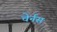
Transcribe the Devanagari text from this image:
चेर्नस